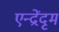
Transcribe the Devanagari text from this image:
एन्द्रेंदृम